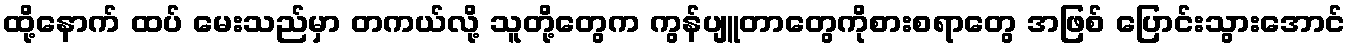
ထို့နောက် ထပ် မေးသည်မှာ တကယ်လို့ သူတို့တွေက ကွန်ပျူတာတွေကိုစားစရာတွေ အဖြစ် ပြောင်းသွားအောင်